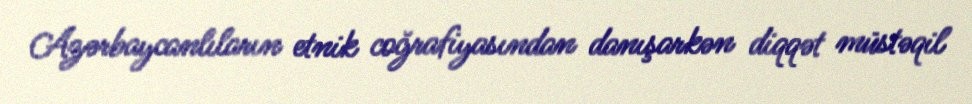
Azərbaycanlıların etnik coğrafiyasından danışarkən diqqət müstəqil